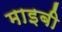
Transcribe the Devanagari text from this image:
माइबी